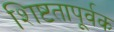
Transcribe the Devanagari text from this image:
शिष्टतापूर्वक